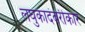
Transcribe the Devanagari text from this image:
लघुकादंबरीकार